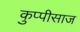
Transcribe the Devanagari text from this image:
कुप्पीसाज